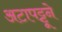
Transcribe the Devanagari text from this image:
अटापट्टूने